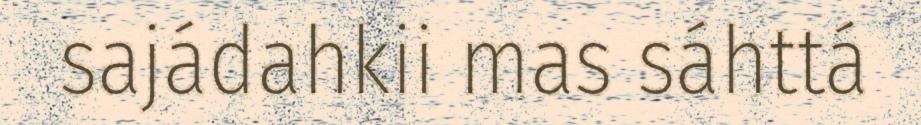
sajádahkii mas sáhttá